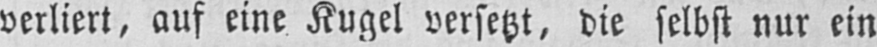
verliert, auf eine Kugel versetzt, die selbst nur ein